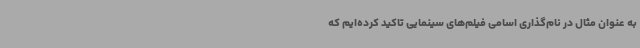
به عنوان مثال در نام‌گذاری اسامی فیلم‌های سینمایی تاکید کرده‌ایم که